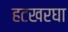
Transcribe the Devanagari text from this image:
हटखरघा